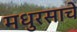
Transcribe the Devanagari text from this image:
मधुरसाचे